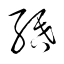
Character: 緍